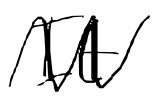
Text: It
Cross-out: zig-zag
Writing tool: digital_black